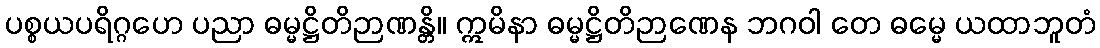
ပစ္စယပရိဂ္ဂဟေ ပညာ ဓမ္မဋ္ဌိတိဉာဏန္တိ။ ဣမိနာ ဓမ္မဋ္ဌိတိဉာဏေန ဘဂဝါ တေ ဓမ္မေ ယထာဘူတံ